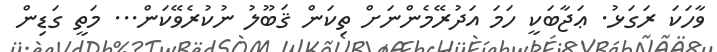
ވާހަކަ ރަގަޅު. ޢަޖާބަކީ ހަމަ އަދުރޭމެންނަށް ތިކަން ޤަބޫލު ނުކުރެވޭކަން... މަތީ ގަޑިން